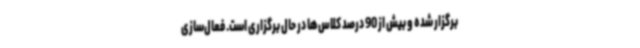
برگزار شده و بیش از 90 درصد کلاس‌ها در حال برگزاری است. فعال‌سازی